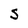
Character: J